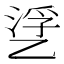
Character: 㐢